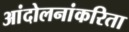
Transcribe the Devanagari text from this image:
आंदोलनांकरिता